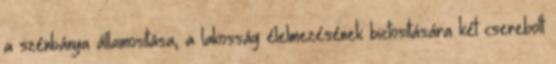
a szénbánya államosítása, a lakosság élelmezésének biztosítására két cserebolt